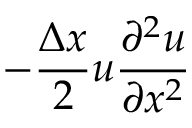
- \frac { \Delta x } { 2 } u \frac { \partial ^ { 2 } u } { \partial x ^ { 2 } }